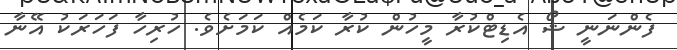
ފެންނަނީ ޝޯ އެޑިޓްކުރާ މީހުން ކުރާ ކަމެއް ކަމަށެވެ. ހުރިހާ ފަހަރަކު އޭނާ